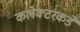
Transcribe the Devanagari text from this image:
कलेक्टरकडे